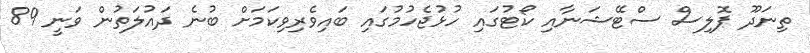
ތިނަދޫ ޕޮލިސް ސްޓޭޝަނާއި ކޯޓުގައި ހުޅުޖެހުމުގައި ބައިވެރިވިކަމަށް ބުނެ ދައުލަތުން ވަނީ 89